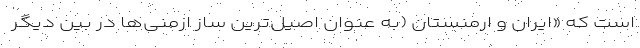
است که «ایران و ارمنستان (به عنوان اصیل‌ترین ساز ارمنی‌ها در بین دیگر